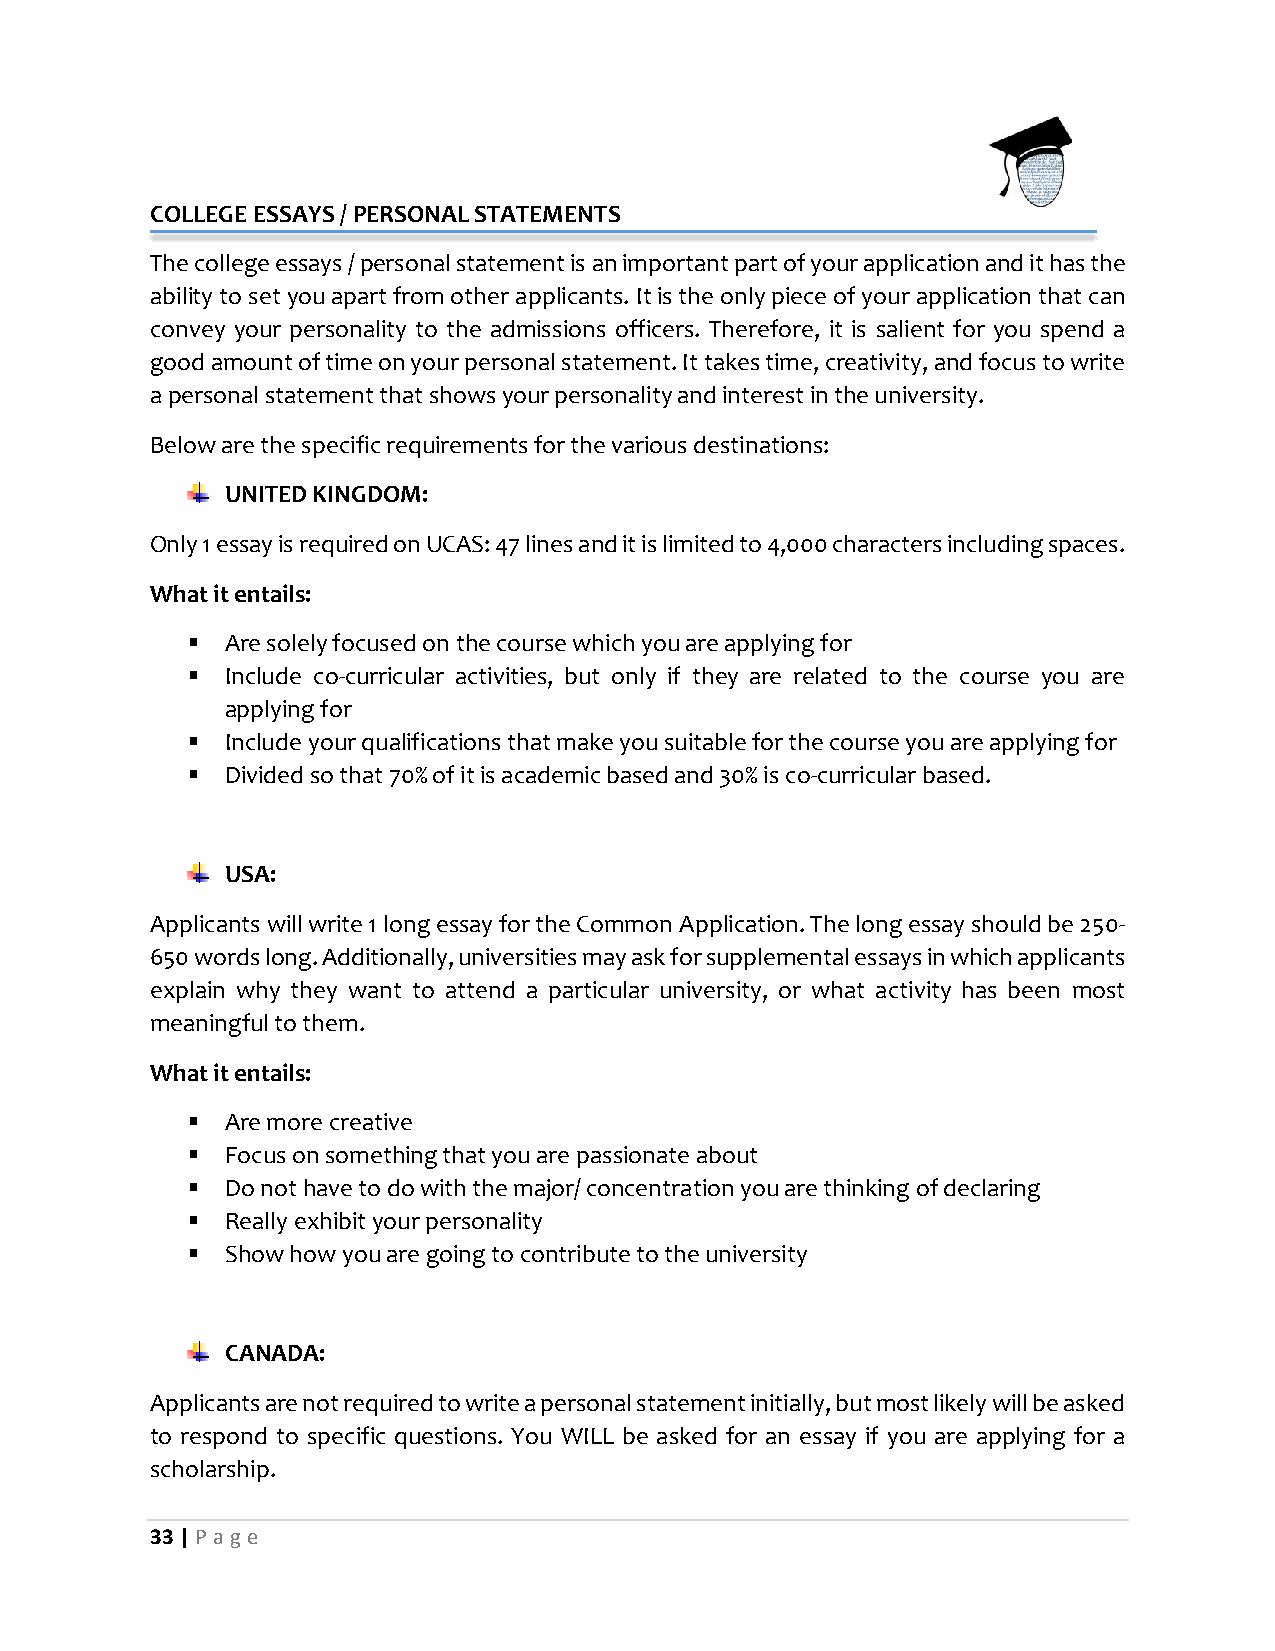
COLLEGE ESSAYS / PERSONAL STATEMENTS
 The college essays / personal statement is an important part of your application and it has the
 ability to set you apart from other applicants. It is the only piece of your application that can
 convey your personality to the admissions officers. Therefore, it is salient for you spend a
 good amount of time on your personal statement. It takes time, creativity, and focus to write
 a personal statement that shows your personality and interest in the university.
 Below are the specific requirements for the various destinations:
 UNITED KINGDOM:
 Only 1 essay is required on UCAS: 47 lines and it is limited to 4,000 characters including spaces.
 What it entails:
   Are solely focused on the course which you are applying for
   Include co-curricular activities, but only if they are related to the course you are
 applying for
   Include your qualifications that make you suitable for the course you are applying for
   Divided so that 70% of it is academic based and 30% is co-curricular based.
 USA:
 Applicants will write 1 long essay for the Common Application. The long essay should be 250-
 650 words long. Additionally, universities may ask for supplemental essays in which applicants
 explain why they want to attend a particular university, or what activity has been most
 meaningful to them.
 What it entails:
   Are more creative
   Focus on something that you are passionate about
   Do not have to do with the major/ concentration you are thinking of declaring
   Really exhibit your personality
   Show how you are going to contribute to the university
 CANADA:
 Applicants are not required to write a personal statement initially, but most likely will be asked
 to respond to specific questions. You WILL be asked for an essay if you are applying for a
 scholarship.
 33 | P age